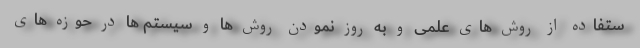
ستفاده از روش های علمی و به روز نمودن روش ها و سیستم ها در حوزه های